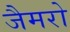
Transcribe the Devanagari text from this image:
जैमरो